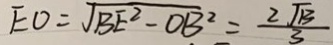
E O = \sqrt { B E ^ { 2 } - O B ^ { 2 } } = \frac { 2 \sqrt { 1 3 } } { 3 }